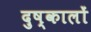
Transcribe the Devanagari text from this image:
दुष्कालों